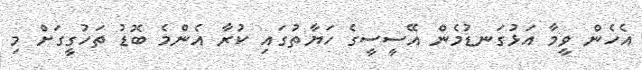
އެހެން ވީމާ އަޅުގަނޑުމެން އޭސީސީގެ ހަޔާތުގައި ކުރާ އެންމެ ބޮޑު ތަހުގީގަށް މި